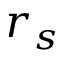
r _ { s }